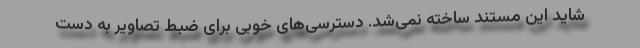
شاید این مستند ساخته نمی‌شد. دسترسی‌های خوبی برای ضبط تصاویر به دست